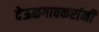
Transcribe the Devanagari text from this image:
देऊळगावकरांनी